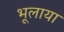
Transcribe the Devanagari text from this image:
भूलाया